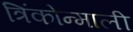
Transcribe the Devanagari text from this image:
त्रिंकोन्माली